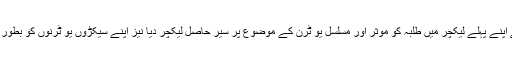
جناب وزیر اعظم نے اپنے پہلے لیکچر میں طلبہ کو مؤثر اور مسلسل یو ٹرن کے موضوع پر سیر حاصل لیکچر دیا نیز اپنے سیکڑوں یو ٹرنوں کو بطور عملی نمونہ پیش کیا۔